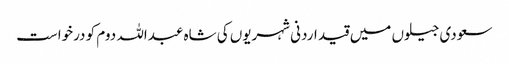
سعودی جیلوں میں قید اردنی شہریوں کی شاہ عبداللہ دوم کو درخواست